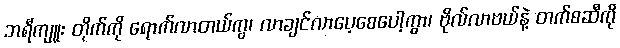
ဘရီကျူး တိုက်ကို ရောက်လာတယ်ကွ၊ လာချင်လာပေ့စေပေါ့ကွာ၊ ဗိုလ်လာဗယ်နဲ့ တက်စဆီကို